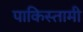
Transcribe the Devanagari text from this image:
पाकिस्तामी